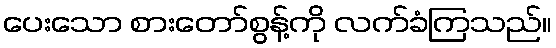
ပေးသော စားတော်စွန့်ကို လက်ခံကြသည်။